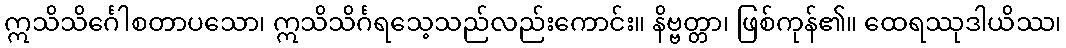
ဣသိသိင်္ဂေါစတာပသော၊ ဣသိသိင်္ဂရသေ့သည်လည်းကောင်း။ နိဗ္ဗတ္တာ၊ ဖြစ်ကုန်၏။ ထေရဿုဒါယိဿ၊